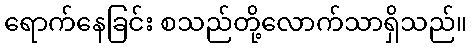
ရောက်နေခြင်း စသည်တို့လောက်သာရှိသည်။